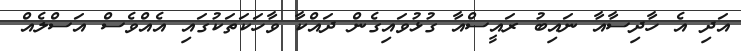
އަދި އެ ހާދިސާއާ ނައިބު ރައީސްއާ ގުޅުވައިގެން ދައްކާ ވާހަކަތަކުގައި އެއްވެސް އަސްލެއް